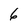
Character: 6